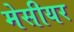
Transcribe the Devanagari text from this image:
मेसीयर